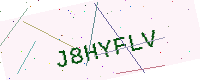
Text: J8HYFLV